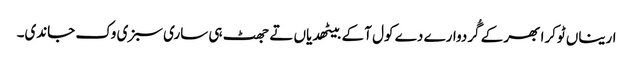
اریناں ٹوکرا بھر کے گُردوارے دے کول آ کے بیٹھدیاں تے جھٹ ہی ساری سبزی وک جاندی۔